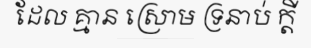
ដែល គ្មាន ស្រោម ទ្រនាប់ ក្តី